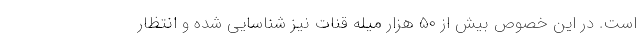
است. در این خصوص بیش از ۵۰ هزار میله قنات نیز شناسایی شده و انتظار